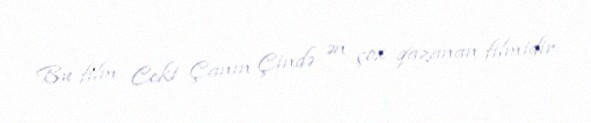
Bu film Ceki Çanın Çində ən çox qazanan filmidir.